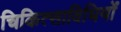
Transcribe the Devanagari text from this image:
चिकित्साविधियों